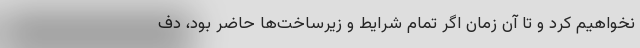
نخواهیم کرد و تا آن زمان اگر تمام شرایط و زیرساخت‌ها حاضر بود، دف